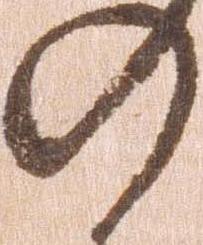
の